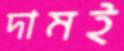
দামই